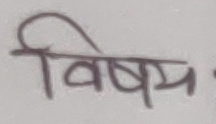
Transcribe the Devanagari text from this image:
विषय